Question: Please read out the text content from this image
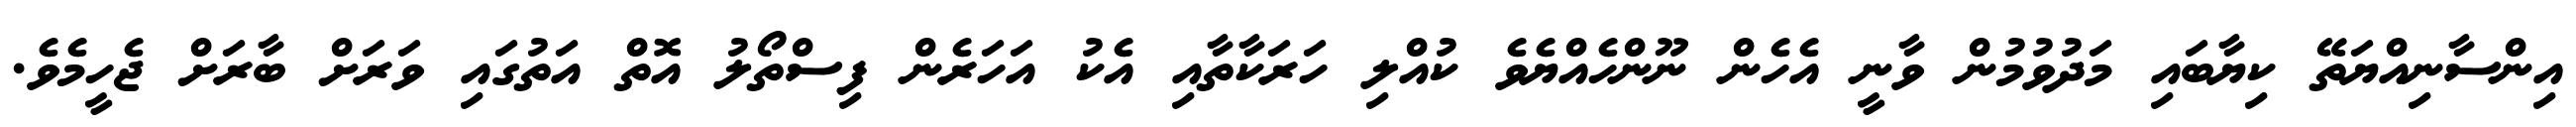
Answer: އިންސާނިއްޔަތޭ ކިޔާބައި މަދުވުމުން ވާނީ އެހެން ނޫންހެއްޔެވެ ކުއްލި ހަރަކާތާއި އެކު އަހަރެން ފިސްތޯލު އޮތް އަތުގައި ވަރަށް ބާރަށް ޖެހީމެވެ.